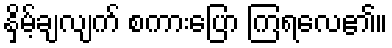
နှိမ့်ချလျက် စကားပြော ကြရလေ၏။